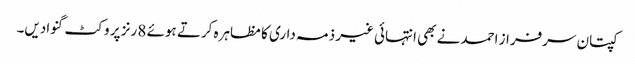
کپتان سرفراز احمد نے بھی انتہائی غیر ذمہ داری کا مظاہرہ کرتے ہوئے 8 رنز پر وکٹ گنوادیں۔